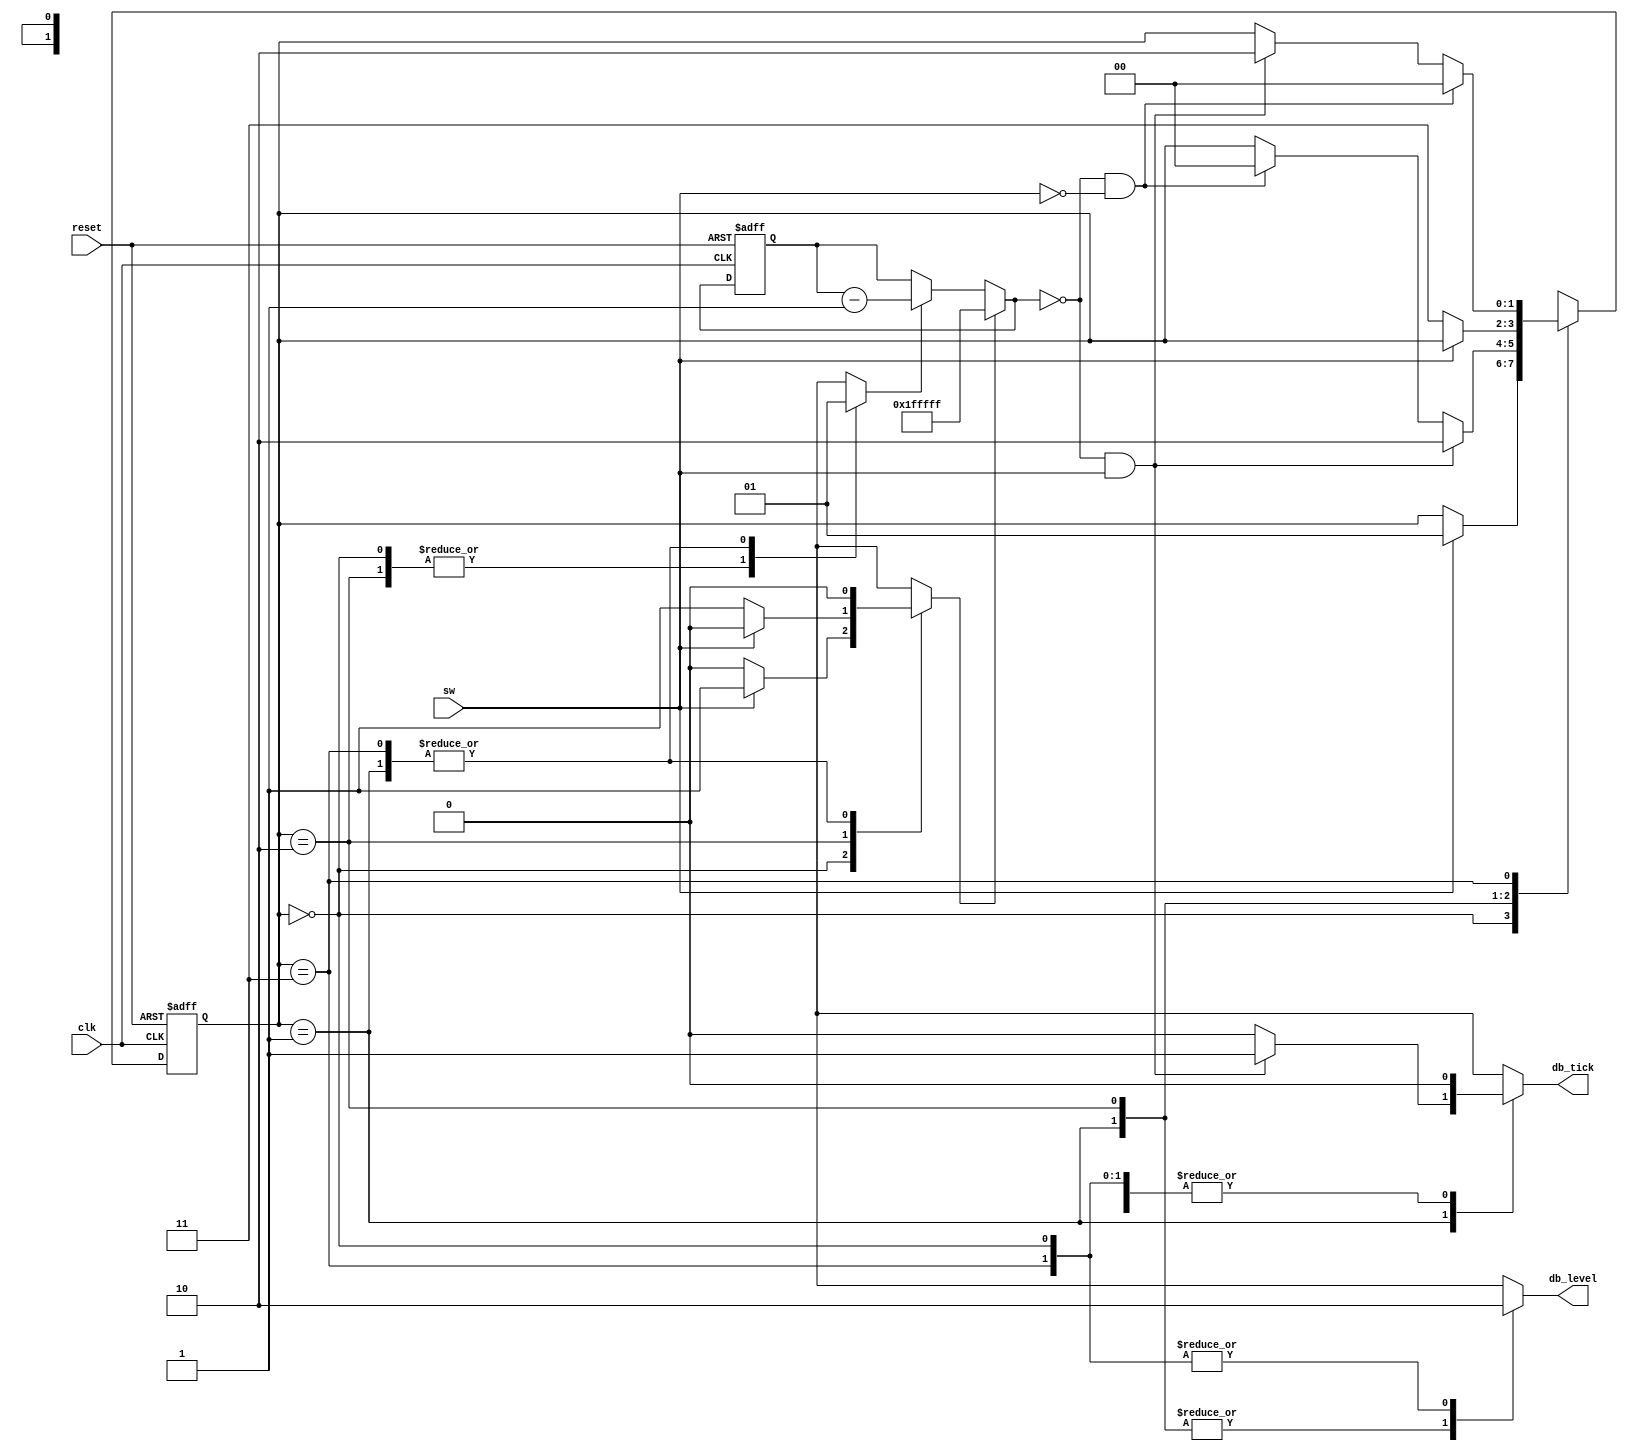
module debounce_FSMD(
    input clk, reset,
    input sw,
    output reg db_level, db_tick
    );
    
    //state declarations
    localparam [1:0] zero = 2'b00,
                     wait1 = 2'b01,
                     one = 2'b10,
                     wait0 = 2'b11;
   //counter integer for wait tick (2^N * 10ns = 20ms)
   parameter N = 21;
   
   //signal declaration
   reg [1:0] state_reg, state_next;
   reg [N-1:0] q_reg;    //count register in data path
   wire [N-1:0] q_next;
   wire q_zero;          //internal status signal to control path
   reg q_load, q_dec;    //control signals to data path
   
   //FSMD state and data registers
   always @(posedge clk, posedge reset)
    if(reset)
        begin
            state_reg <= zero;
            q_reg <= 0;
        end
    else
        begin
            state_reg <= state_next;
            q_reg <= q_next;
        end
    
    //FSMD data path (counter) next-state logic
    assign q_next = (q_load) ? {N{1'b1}} :       //load 1...1 
                    (q_dec)  ? q_reg - 1 :       //decrement q by 1
                               q_reg;
    
    assign q_zero = (q_next == 0);
    
    //FSMD control path next-state logic
    always @*
    begin
        state_next = state_reg;
        q_load = 1'b0;
        q_dec = 1'b0;
        db_tick = 1'b0;
        
        case(state_reg)
            zero:
                begin
                    db_level = 1'b0;
                    if(sw)
                        begin
                            state_next = wait1;
                            q_load = 1'b1;       //loads coutner to 1...1
                        end
                end
            wait1:
                begin
                    db_level = 1'b1;
                    q_dec = 1'b1;
                    if(q_zero && sw)
                        begin
                            state_next = one;
                            db_tick = 1'b1;
                        end
                    else if(q_zero && ~sw)
                        state_next = zero;
                
                end
            one:
                begin
                    db_level = 1'b1;
                    if(~sw)
                        begin
                            state_next = wait0;
                            q_load = 1'b1;
                        end
                end
            wait0:
                begin
                    db_level = 1'b0;
                    q_dec = 1'b1;
                    if(q_zero && ~sw)
                        state_next = zero;
                    else if(q_zero && sw)
                        state_next = one;
                end
            default: state_next = zero;
        endcase
    end
    
endmodule